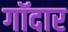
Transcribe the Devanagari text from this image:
गॉदार